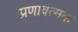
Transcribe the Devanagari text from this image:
प्रणावत्मक